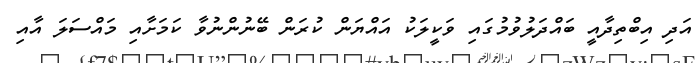
އަދި އިބްތިދާއީ ބައްދަލުވުމުގައި ވަކީލަކު އައްޔަން ކުރަން ބޭނުންނުވާ ކަމަށާއި މައްސަލަ އާއި